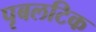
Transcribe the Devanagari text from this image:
पृबलटिक